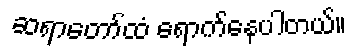
ဆရာတော်ထံ ရောက်နေပါတယ်။